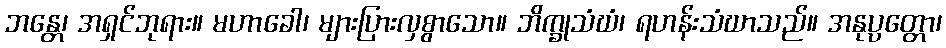
ဘန္တေ၊ အရှင်ဘုရား။ မဟာခေါ၊ များပြားလှစွာသော။ ဘိက္ခုသံဃံ၊ ရဟန်းသံဃာသည်။ အနုပ္ပတ္တော၊